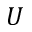
U